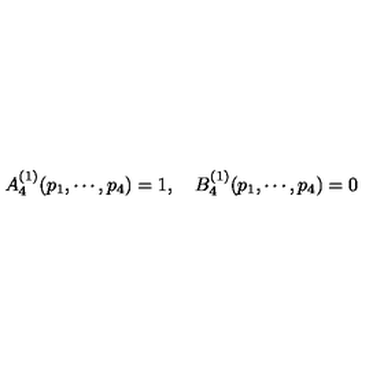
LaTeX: A _ { 4 } ^ { ( 1 ) } ( p _ { 1 } , \cdots , p _ { 4 } ) = 1 , \quad B _ { 4 } ^ { ( 1 ) } ( p _ { 1 } , \cdots , p _ { 4 } ) = 0